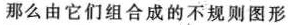
那么由它们组合成的不规则图形